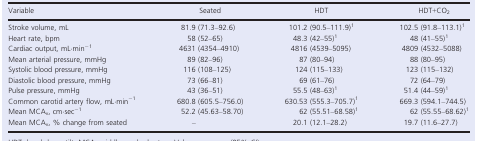
<table><thead><tr><td><b>Variable</b></td><td><b>Seated</b></td><td><b>HDT</b></td><td><b>HDT+CO<sub>2</sub></b></td></tr></thead><tbody><tr><td>Stroke volume, mL</td><td>81.9 (71.3–92.6)</td><td>101.2 (90.5–111.9)a</td><td>102.5 (91.8–113.1)a</td></tr><tr><td>Heart rate, bpm</td><td>58 (52–65)</td><td>48.3 (42–55)a</td><td>48 (41–55)a</td></tr><tr><td>Cardiac output, mL·min<sup>−1</sup></td><td>4631 (4354–4910)</td><td>4816 (4539–5095)</td><td>4809 (4532–5088)</td></tr><tr><td>Mean arterial pressure, mmHg</td><td>89 (82–96)</td><td>87 (80–94)</td><td>88 (80–95)</td></tr><tr><td>Systolic blood pressure, mmHg</td><td>116 (108–125)</td><td>124 (115–133)</td><td>123 (115–132)</td></tr><tr><td>Diastolic blood pressure, mmHg</td><td>73 (66–81)</td><td>69 (61–76)</td><td>72 (64–79)</td></tr><tr><td>Pulse pressure, mmHg</td><td>43 (36–51)</td><td>55.5 (48–63)a</td><td>51.4 (44–59)a</td></tr><tr><td>Common carotid artery flow, mL·min<sup>−1</sup></td><td>680.8 (605.5–756.0)</td><td>630.53 (555.3–705.7)a</td><td>669.3 (594.1–744.5)</td></tr><tr><td>Mean MCA<sub>v</sub>, cm·sec<sup>−1</sup></td><td>52.2 (45.63–58.70)</td><td>62 (55.51–68.58)a</td><td>62 (55.55–68.62)a</td></tr><tr><td>Mean MCA<sub>v</sub>, % change from seated</td><td>–</td><td>20.1 (12.1–28.2)</td><td>19.7 (11.6–27.7)</td></tr></tbody></table>